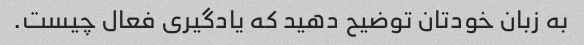
به زبان خودتان توضیح دهید که یادگیری فعال چیست.